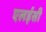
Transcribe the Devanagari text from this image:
एलईसी